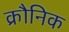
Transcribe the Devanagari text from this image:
क्रौनिक